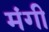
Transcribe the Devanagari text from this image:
मंगी